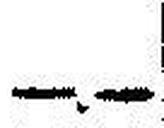
—.—